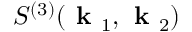
S ^ { ( 3 ) } ( \textbf { k } _ { 1 } , \textbf { k } _ { 2 } )